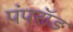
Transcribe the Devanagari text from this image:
पंपरॉड